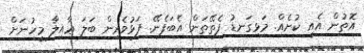
އޮތުން އެއީ ކުށެއް. މަޅިގަނޑު ފެތޭތަން އެބަފެނޭ. ފަޅުވެރިން ބަލަ ޢާއިލާ މީހުނަށް